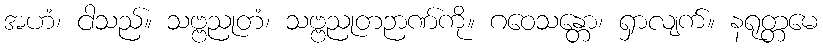
အဟံ၊ ငါသည်။ သဗ္ဗညုတံ၊ သဗ္ဗညုတဉာဏ်ကို။ ဂဝေသန္တော၊ ရှာလျက်။ နရုတ္တမေ